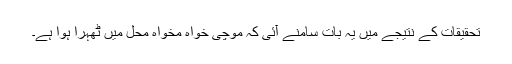
تحقیقات کے نتیجے میں یہ بات سامنے آئی کہ موچی خواہ مخواہ محل میں ٹھہرا ہوا ہے۔